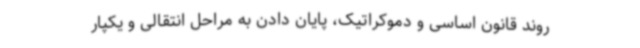
روند قانون اساسی و دموکراتیک، پایان دادن به مراحل انتقالی و یکپار